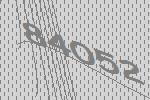
84052